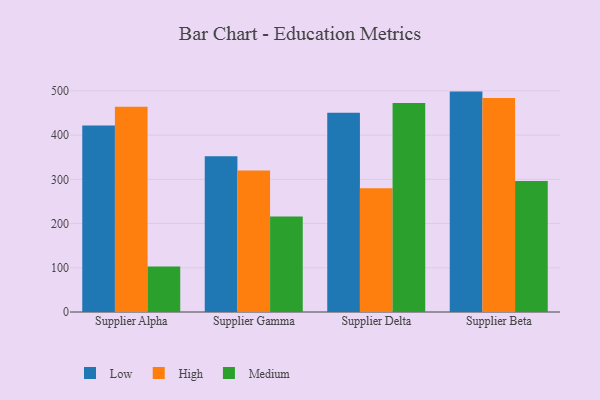
{"axis": {"x": "Supplier", "y": "Market Share (%)"}, "legend": ["High", "Low", "Medium"], "data": [{"x": "Supplier Alpha", "y": 422.0, "type": "Low"}, {"x": "Supplier Alpha", "y": 464.2, "type": "High"}, {"x": "Supplier Alpha", "y": 102.9, "type": "Medium"}, {"x": "Supplier Gamma", "y": 352.0, "type": "Low"}, {"x": "Supplier Gamma", "y": 320.2, "type": "High"}, {"x": "Supplier Gamma", "y": 215.9, "type": "Medium"}, {"x": "Supplier Delta", "y": 450.4, "type": "Low"}, {"x": "Supplier Delta", "y": 279.9, "type": "High"}, {"x": "Supplier Delta", "y": 472.8, "type": "Medium"}, {"x": "Supplier Beta", "y": 498.4, "type": "Low"}, {"x": "Supplier Beta", "y": 483.8, "type": "High"}, {"x": "Supplier Beta", "y": 296.0, "type": "Medium"}]}